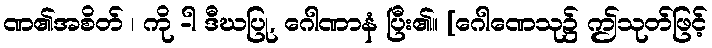
ဏ၏အစိတ် ၊ ကို -ါ ဒီဃပြု, ဂေါဏာနံ ပြီး၏။ [ဂေါဏေသု၌ ဤသုတ်ဖြင့်